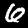
Digit: 6